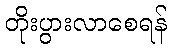
တိုးပွားလာစေရန်